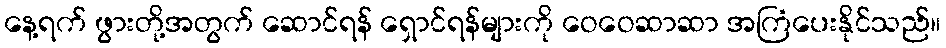
နေ့ရက် ဖွားတို့အတွက် ဆောင်ရန် ရှောင်ရန်များကို ဝေဝေဆာဆာ အကြံပေးနိုင်သည်။